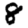
Digit: 8